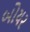
બોયર